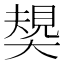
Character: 𡙭